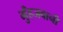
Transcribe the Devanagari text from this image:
मुँहजबानी